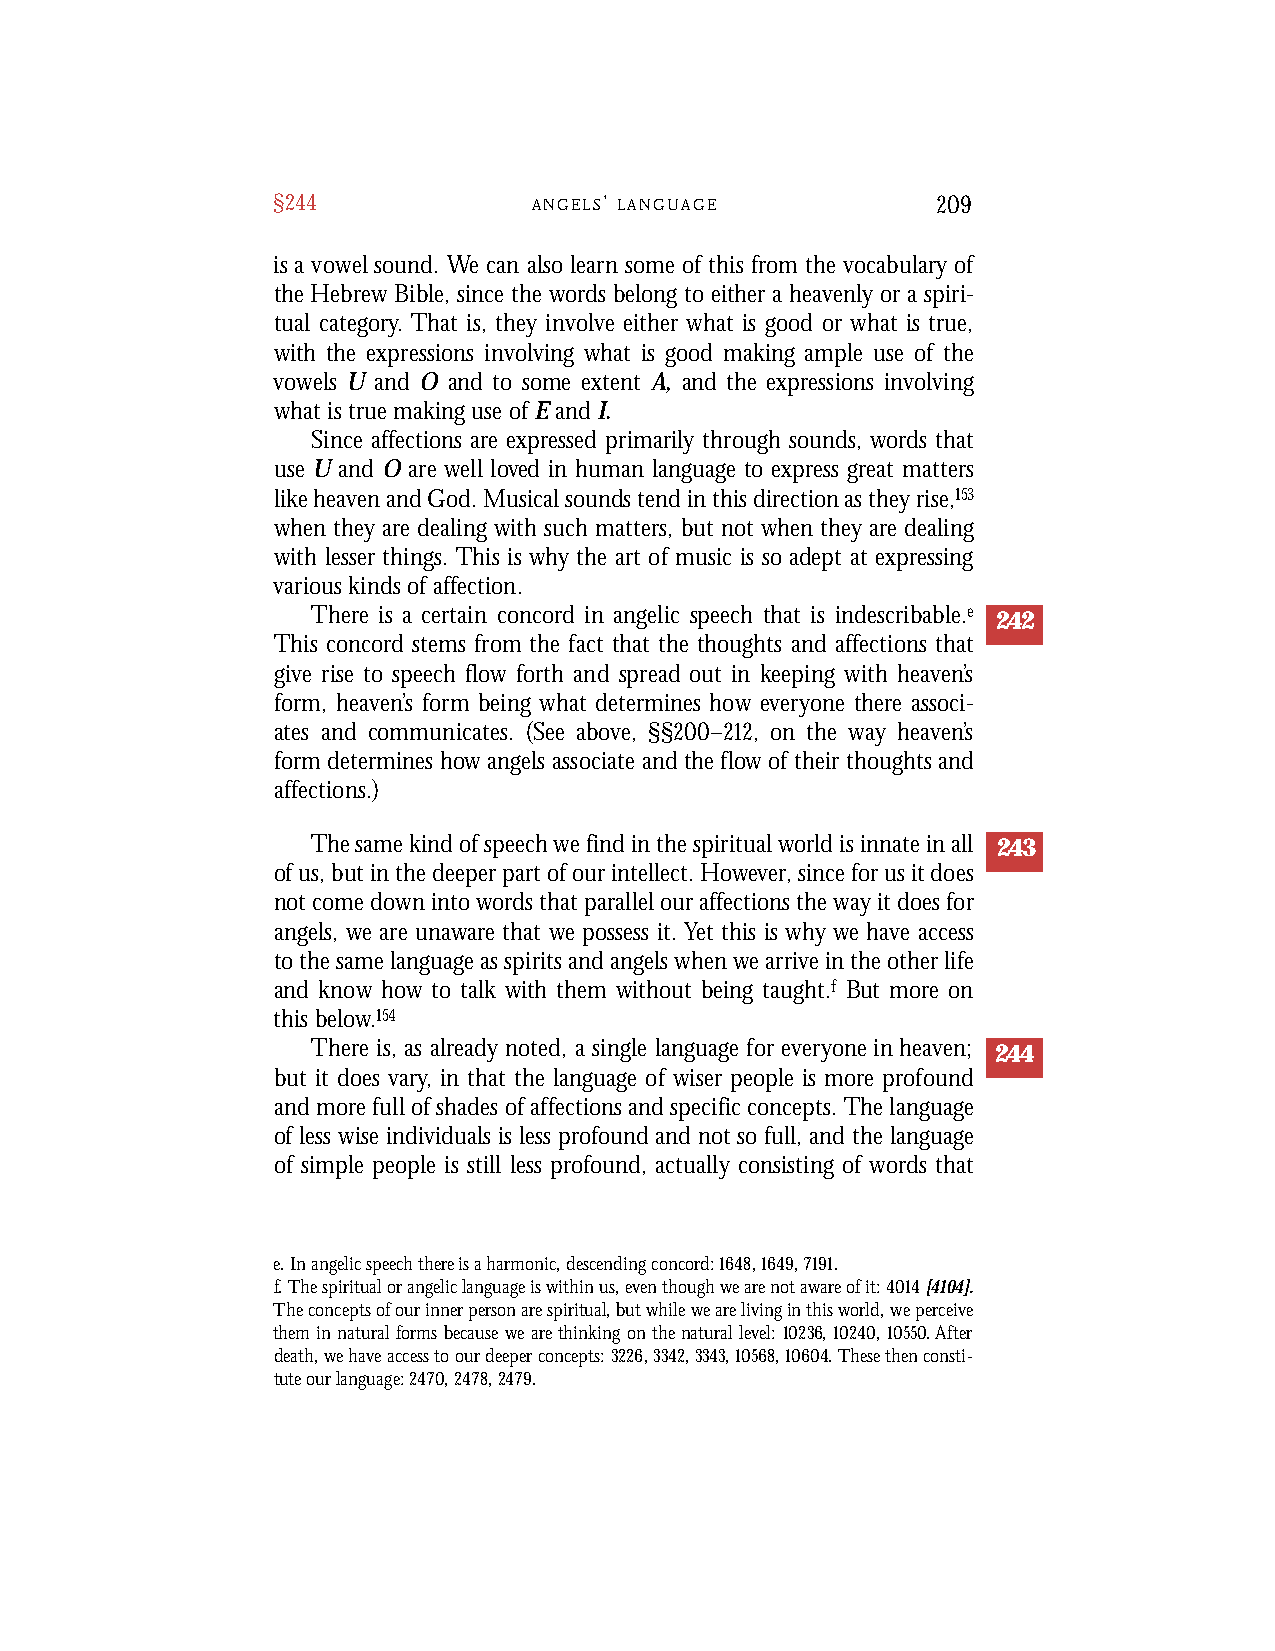
§244             A N G E L S’ L A N G U A G E 209
 is a vowel sound. We can also learn some of this from the vocabulary of
 the Hebrew Bible, since the words belong to either a heavenly or a spiri-
 tual category. That is, they involve either what is good or what is true,
 with the expressions involving what is good making ample use of the
 vowels U and O and to some extent A, and the expressions involving
 what is true making use of Eand I.
 Since affections are expressed primarily through sounds, words that
 use U and O are well loved in human language to express great matters
 like heaven and God. Musical sounds tend in this direction as they rise,153
 when they are dealing with such matters, but not when they are dealing
 with lesser things. This is why the art of music is so adept at expressing
 various kinds of affection.
 There is a certain concord in angelic speech that is indescribable.e 242
 This concord stems from the fact that the thoughts and affections that
 give rise to speech flow forth and spread out in keeping with heaven’s
 form, heaven’s form being what determines how everyone there associ-
 ates and communicates. (See above, §§200–212, on the way heaven’s
 formdetermines howangels associate andtheflowof their thoughtsand
 affections.)
 The same kind of speech we find in the spiritual world is innate in all 243
 of us, but in the deeper part of our intellect. However, since for us it does
 not come down into words that parallel our affections the way it does for
 angels, we are unaware that we possess it. Yet this is why we have access
 to the same language as spirits and angels when we arrive in the other life
 and know how to talk with them without being taught.f But more on
 this below.154
 There is, as already noted, a single language for everyone in heaven; 244
 but it does vary, in that the language of wiser people is more profound
 and more full of shades of affections and specific concepts. The language
 of less wise individuals is less profound and not so full, and the language
 of simple people is still less profound, actually consisting of words that
 e. In angelic speech there is a harmonic, descending concord: 1648, 1649, 7191.
 f. The spiritual or angelic language is within us, even though we are not aware of it: 4014[4104].
 The concepts of our inner person are spiritual, but while we are living in this world, we perceive
 them in natural forms because we are thinking on the natural level: 10236,10240, 10550. After
 death, we have access to our deeper concepts: 3226,3342,3343,10568,10604. These then consti-
 tute our language: 2470, 2478, 2479.